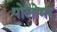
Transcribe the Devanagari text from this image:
पोलोमर